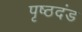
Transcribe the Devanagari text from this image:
पृष्ठदंड